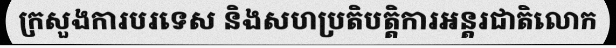
ក្រសួងការបរទេស និងសហប្រតិបត្តិការអន្តរជាតិលោក